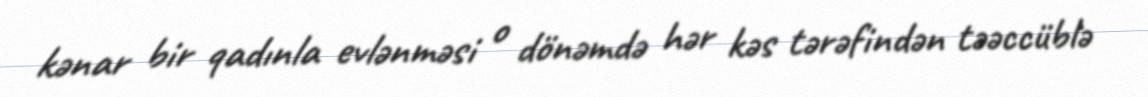
kənar bir qadınla evlənməsi o dönəmdə hər kəs tərəfindən təəccüblə